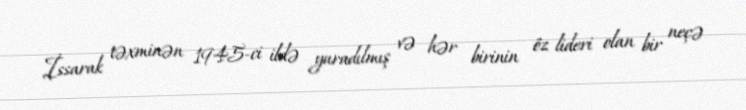
İssarak təxminən 1945-ci ildə yaradılmış və hər birinin öz lideri olan bir neçə